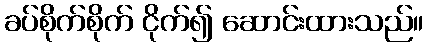
ခပ်စိုက်စိုက် ငိုက်၍ ဆောင်းထားသည်။